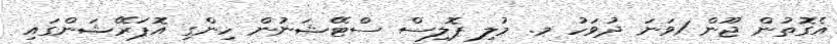
އެގޮތުން ޖޫން 1ވަނަ ދުވަހު މ. މުލި ޕޮލިސް ސްޓޭޝަނުން ހިންގި އޮޕަރޭޝަންގައި